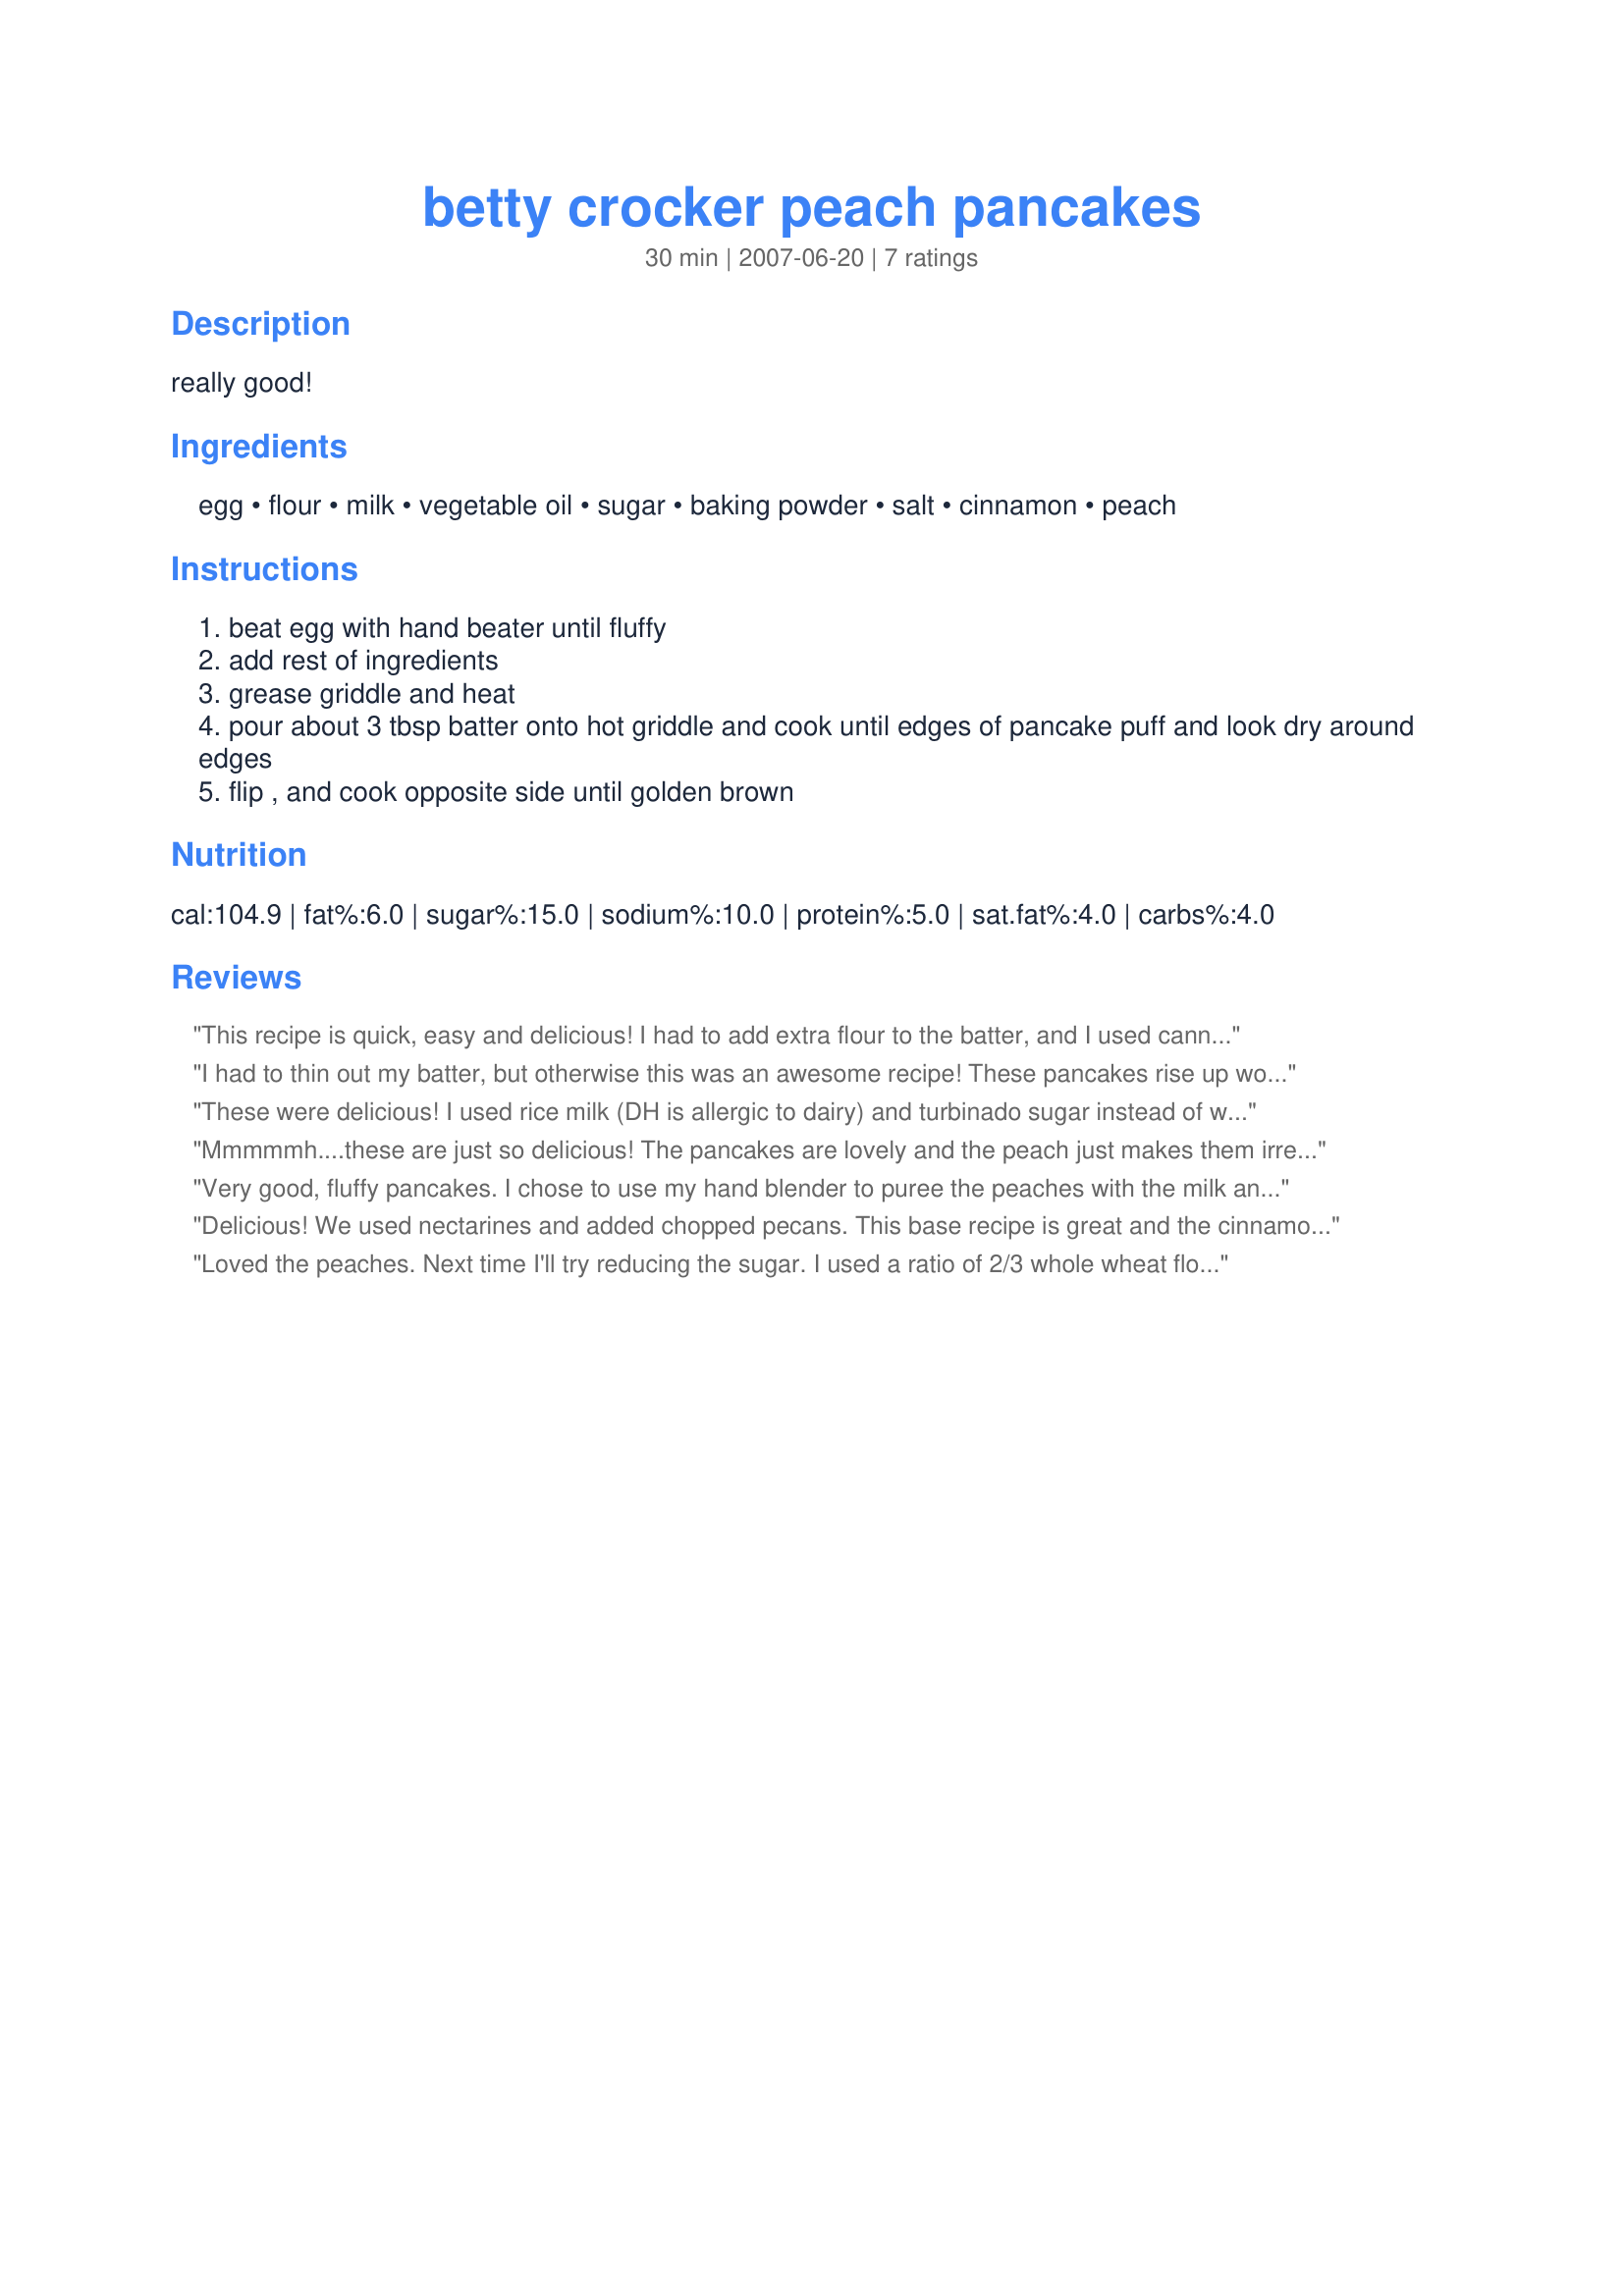
betty crocker peach pancakes
Preparation time: 30 minutes

really good!

Ingredients:
egg, flour, milk, vegetable oil, sugar, baking powder, salt, cinnamon, peach

Steps:
beat egg with hand beater until fluffy
add rest of ingredients
grease griddle and heat
pour about 3 tbsp batter onto hot griddle and cook until edges of pancake puff and look dry around edges
flip , and cook opposite side until golden brown

Reviews:
This recipe is quick, easy and delicious! I had to add extra flour to the batter, and I used canned peaches instead of fresh. I added some of the juice from the peach can to half the batch, but I didn't taste any differance. This recipe really is very good! 5-Star all the way!
I had to thin out my batter, but otherwise this was an awesome recipe! These pancakes rise up wonderfully and are light and fluffy. The warm sweet peaches in here are divine! I did make a few changes. . .I used whole wheat flour, Splenda and subbed some apple/apricot baby food for the oil. All subs worked out fabulously! I will certainly make these addictive pancakes again!
These were delicious! I used rice milk (DH is allergic to dairy) and turbinado sugar instead of white sugar. I also used about half white whole wheat flour and half all-purpose flour. They were a bit heavy, so I don't know that I'd do that again. I found it works much better to make these into smaller pancakes, as the larger ones burned before the peaches were done. Served with maple sausage and maple syrup. YUM!
Mmmmmh....these are just so delicious! The pancakes are lovely and the peach just makes them irrestible. Thanks for this great recipe!
Very good, fluffy pancakes. I chose to use my hand blender to puree the peaches with the milk and eggs. It was so good with just a nice hint of peach. My kids really enjoyed it, too. I used whole wheat flour and applesauce in place of oil. Yummy!
Delicious! We used nectarines and added chopped pecans. This base recipe is great and the cinnamon amount is just right.
Loved the peaches. Next time I'll try reducing the sugar. I used a ratio of 2/3 whole wheat flour and 1/3 buckwheat. It was excellent.
